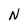
Character: N